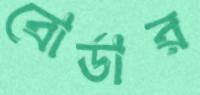
বোর্ডার